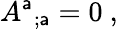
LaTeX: {A^{\mathsf{a}}}_{;\mathsf{a}}=0\ ,